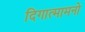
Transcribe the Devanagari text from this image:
दिगात्मामनो